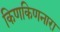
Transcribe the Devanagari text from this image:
किणकिणनारा